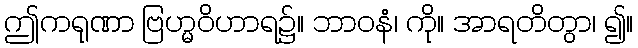
ဤကရုဏာ ဗြဟ္မဝိဟာရ၌။ ဘာဝနံ၊ ကို။ အာရတိတွာ၊ ၍။